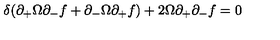
\delta ( \partial _ { + } \Omega \partial _ { - } f + \partial _ { - } \Omega \partial _ { + } f ) + 2 \Omega \partial _ { + } \partial _ { - } f = 0